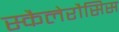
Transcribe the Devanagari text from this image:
स्कैलेरौसिस